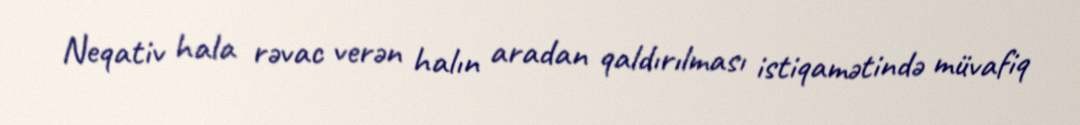
Neqativ hala rəvac verən halın aradan qaldırılması istiqamətində müvafiq